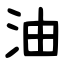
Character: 油